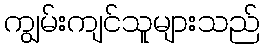
ကျွမ်းကျင်သူများသည်